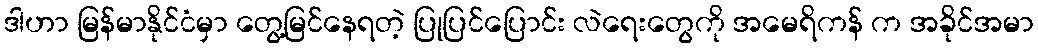
ဒါဟာ မြန်မာနိုင်ငံမှာ တွေ့မြင်နေရတဲ့ ပြုပြင်ပြောင်း လဲရေးတွေကို အမေရိကန် က အခိုင်အမာ